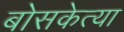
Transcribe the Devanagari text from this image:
बोसकेत्या